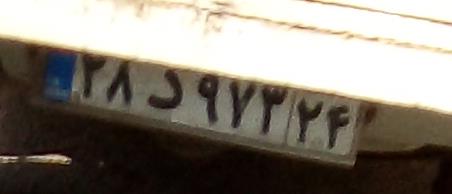
۲۸د۹۷۳۲۴